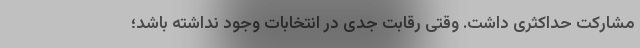
مشارکت حداکثری داشت. وقتی رقابت جدی در انتخابات وجود نداشته باشد؛